Leaving Certificate Examination (including Day School Certificate (Higher) General paper), 1932
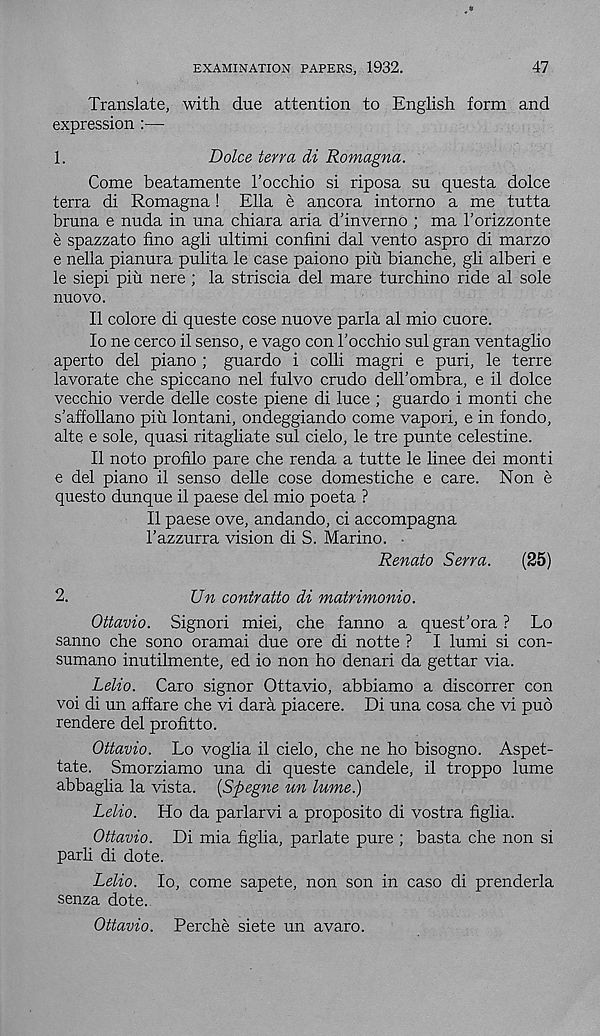
EXAMINATION PAPERS, 1932.
47
Translate, with due attention to English form and
expression :—
1.
Dolce terra di Romagna.
Come beatamente 1’occhio si riposa su questa dolce
terra di Romagna! Ella e ancora intorno a me tutta
bruna e nuda in una chiara aria d’inverno ; ma 1’orizzonte
e spazzato fino agli ultimi confini dal vento aspro di marzo
e nella pianura pulita le case paiono pin bianche, gli alberi e
le siepi pin nere ; la striscia del mare turchino ride al sole
nuovo.
II colore di queste cose nuove parla al mio cuore.
10 ne cerco il senso, e vago con I'occhio sul gran ventaglio
aperto del piano ; guardo i colli magri e puri, le terre
lavorate che spiccano nel fulvo crudo dell’ombra, e il dolce
vecchio verde delle coste piene di luce ; guardo i monti che
s’affollano piu lontani, ondeggiando come vapori, e in fondo,
alte e sole, quasi ritagliate sul cielo, le tre punte celestine.
11 noto profile pare che renda a tutte le linee dei monti
e del piano il senso delle cose domestiche e care. Non e
questo dunque il paese del mio poeta ?
Il paese ove, andando, ci accompagna
1’azzurra vision di S. Marino. •
Renato Serra.
(25)
2.
Un contralto di matrimonio.
Ottavio. Signori miei, che fanno a quest'ora ? Lo
sanno che sono oramai due ore di notte ? I lumi si con-
sumano inutilmente, ed io non ho denari da gettar via.
Lelio. Caro signor Ottavio, abbiamo a discorrer con
voi di un affare che vi dara piacere. Di una cosa che vi pub
rendere del profitto.
Ottavio. Lo voglia il cielo, che ne ho bisogno. Aspet-
tate. Smorziamo una di queste candele, il troppo lume
abbaglia la vista. {Spegne un lume.)
Lelio. Ho da parlarvi a proposito di vostra figlia.
Ottavio. Di mia figlia, parlate pure ; basta che non si
parli di dote.
Lelio. lo, come sapete, non son in caso di prenderla
senza dote.
Ottavio. Perche siete un avaro.